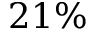
2 1 \%